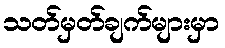
သတ်မှတ်ချက်များမှာ